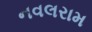
નવલરામ